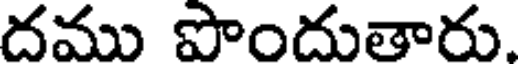
దము పొందుతారు.